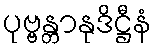
ပုဗ္ဗန္တာနုဒိဋ္ဌီနံ